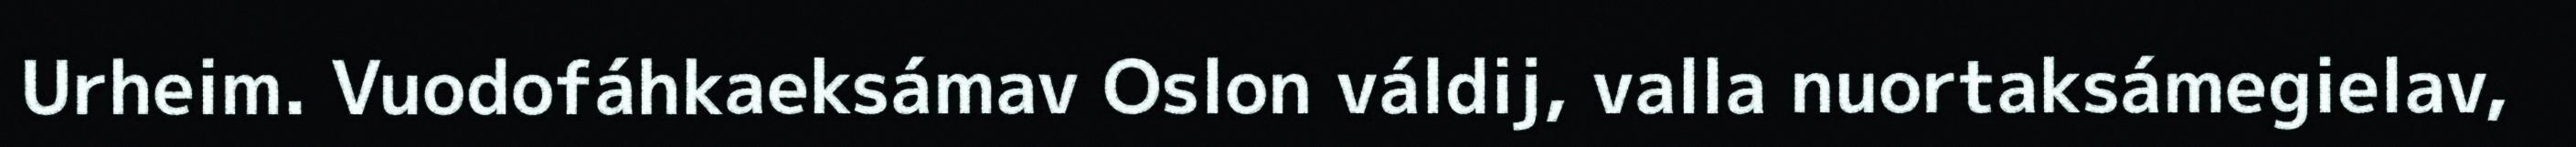
Urheim. Vuodofáhkaeksámav Oslon váldij, valla nuortaksámegielav,